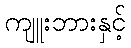
ကျူးဘားနှင့်